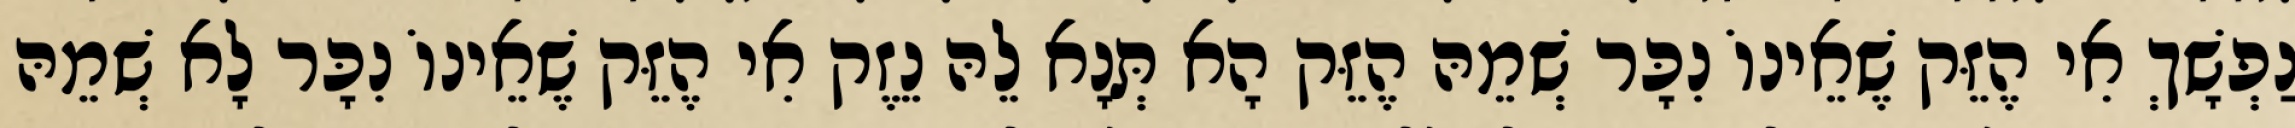
נַפְשָׁךְ אִי הֶזֵּק שֶׁאֵינוֹ נִכָּר שְׁמֵהּ הֶזֵּק הָא תְּנָא לֵהּ נֵזֶק אִי הֶזֵּק שֶׁאֵינוֹ נִכָּר לָא שְׁמֵהּ